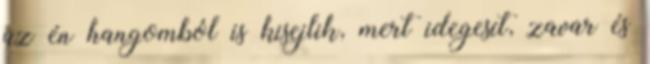
az én hangomból is kisejlik, mert idegesít, zavar és